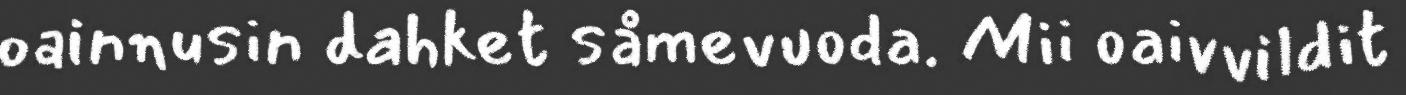
oainnusin dahket såmevuoda. Mii oaivvildit